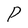
Character: P